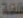
فلفلة